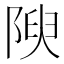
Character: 𨺺